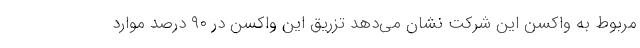
مربوط به واکسن این شرکت نشان می‌دهد تزریق این واکسن در ۹۰ درصد موارد